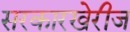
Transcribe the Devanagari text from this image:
सरकारखेरीज